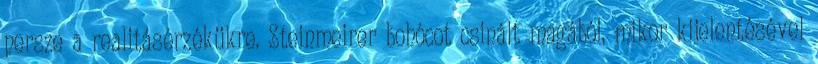
persze a realitásérzékükre. Steinmeirer bohócot csinált magából, mikor kijelentésével